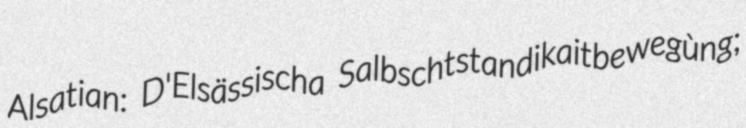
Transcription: Alsatian: D'Elsässischa Salbschtstandikaitbewegùng;